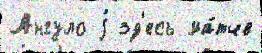
Ангуло j зд'есь ма́тче